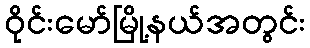
ဝိုင်းမော်မြို့နယ်အတွင်း